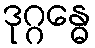
ဒုဂ္ဂန္ဓေ